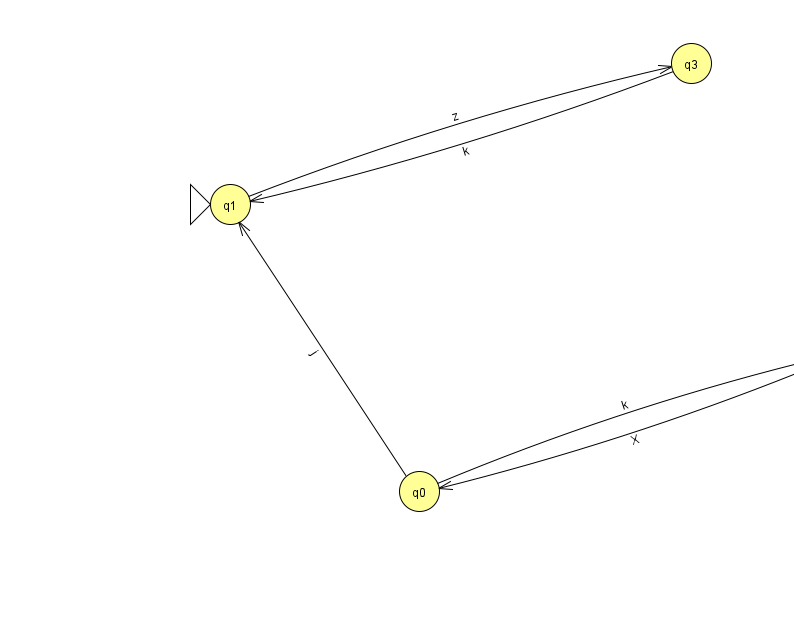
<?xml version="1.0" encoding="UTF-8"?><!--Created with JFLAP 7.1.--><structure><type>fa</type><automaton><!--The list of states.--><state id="0" name="q0"><x>419.0</x><y>478.0</y></state><state id="1" name="q1"><x>230.0</x><y>191.0</y><initial/></state><state id="2" name="q2"><x>841.0</x><y>341.0</y><final/></state><state id="3" name="q3"><x>691.0</x><y>50.0</y></state><!--The list of transitions.--><transition><from>0</from><to>2</to><read>k</read></transition><transition><from>2</from><to>0</to><read>X</read></transition><transition><from>1</from><to>3</to><read>z</read></transition><transition><from>3</from><to>1</to><read>k</read></transition><transition><from>0</from><to>1</to><read>j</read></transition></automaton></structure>